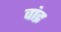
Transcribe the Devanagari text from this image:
वांद्र